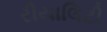
રીયાલિટી